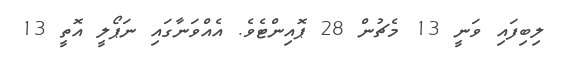
ލިބިފައި ވަނީ 13 މެޗުން 28 ޕޮއިންޓެވެ. އެއްވަނާގައި ނަޕޯލީ އޮތީ 13